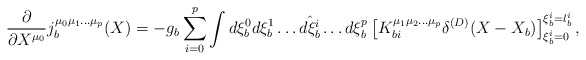
\begin{align*}\frac{\partial}{\partial X^{\mu_0}}j_{b}^{\mu_{0}\mu_{1}\ldots\mu_{p}}(X)=- g_{b}\sum_{i=0}^{p}\int d\xi^0_{b}d\xi^1_{b}\ldots\hat{d\xi^{i}_{b}}\ldots d\xi^{p}_{b}\left[K_{bi}^{\mu_{1}\mu_{2}\ldots\mu_{p}}\delta^{(D)}(X-X_b)\right]_{\xi_b^i=0}^{\xi_b^i=l_b^i}, \end{align*}